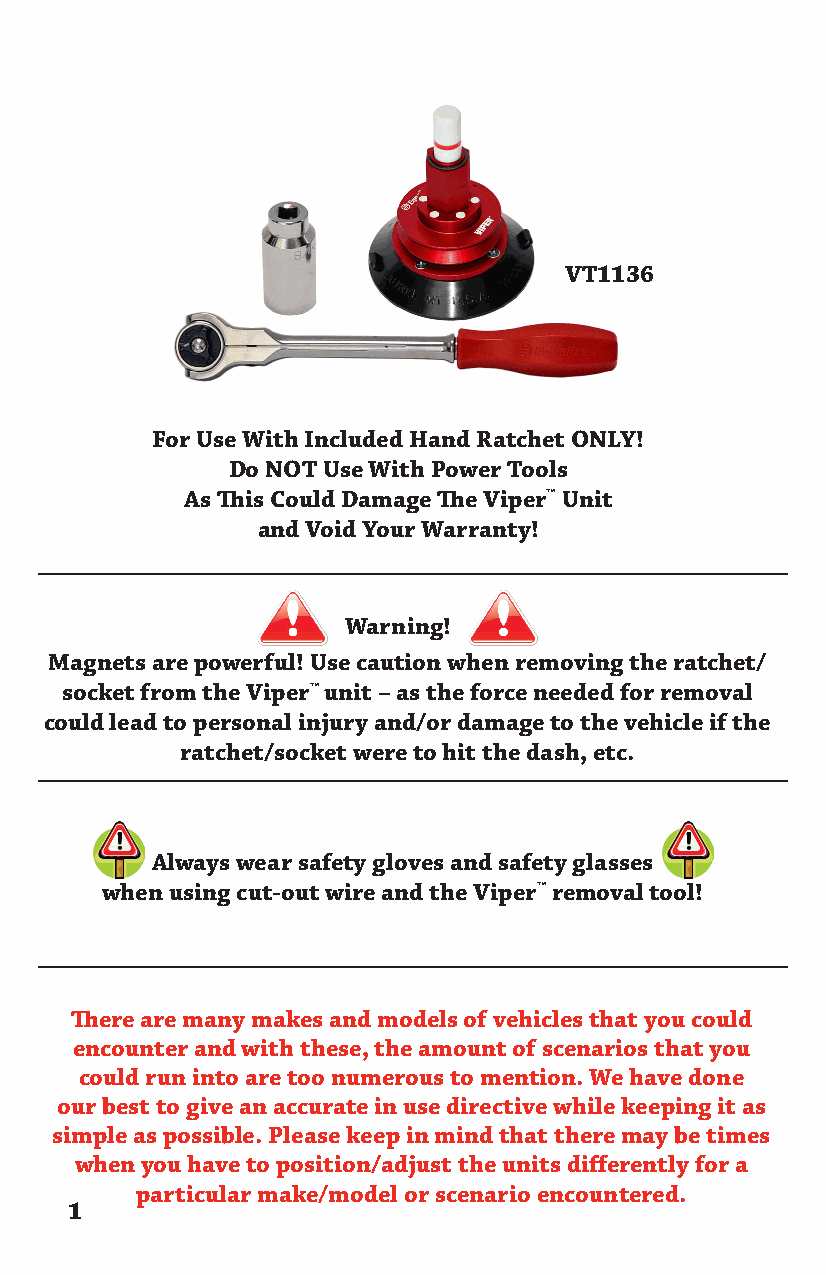
VT1136
 For Use With Included Hand Ratchet ONLY!
 Do NOT Use With Power Tools
 As This Could Damage The Viper™ Unit
 and Void Your Warranty!
 Warning!
 Magnets are powerful! Use caution when removing the ratchet/
 socket from the Viper™ unit – as the force needed for removal
 could lead to personal injury and/or damage to the vehicle if the
 ratchet/socket were to hit the dash, etc.
 Always wear safety gloves and safety glasses
 when using cut-out wire and the Viper™ removal tool!
 There are many makes and models of vehicles that you could
 encounter and with these, the amount of scenarios that you
 could run into are too numerous to mention. We have done
 our best to give an accurate in use directive while keeping it as
 simple as possible. Please keep in mind that there may be times
 when you have to position/adjust the units differently for a
 particular make/model or scenario encountered.
 1